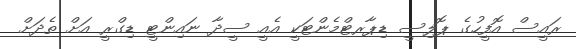
ރައީސް އޮފީހުގެ ޕޮލިސީ ޑިޕާރޓްމެންޓަކީ އެއީ ސީދާ ނައިންޓީ ޑިގްރީ އަށް ތެދަށް